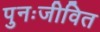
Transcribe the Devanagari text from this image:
पुनःजीवित